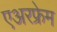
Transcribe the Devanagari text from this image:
एअरफ्रेम